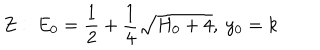
LaTeX: Z : ~ E _ { 0 } = { \frac { 1 } { 2 } } + { \frac { 1 } { 4 } } \sqrt { H _ { 0 } + 4 } , ~ y _ { 0 } = k